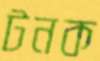
টনক